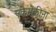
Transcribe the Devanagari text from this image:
एकमेकीना